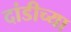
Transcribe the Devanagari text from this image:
दांडीच्या